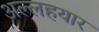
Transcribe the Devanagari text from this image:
अल्लहयार